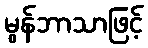
မွန်ဘာသာဖြင့်